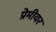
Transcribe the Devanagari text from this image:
प्रेमीयर